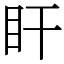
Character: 盰